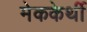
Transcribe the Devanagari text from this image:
मेककेर्थी